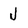
Character: J